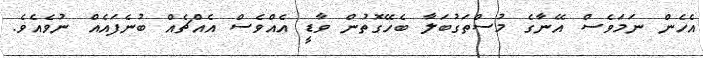
އެހެން ނަމަވެސް އޭނާގެ މުސްތަގުބަލާ ބެހޭގޮތުން ވާޑީ އެއްވެސް އެއްޗެއް ބުނެފައެއް ނުވެއެވެ.